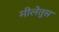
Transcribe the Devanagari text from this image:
मीलेतुस